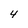
Character: 4